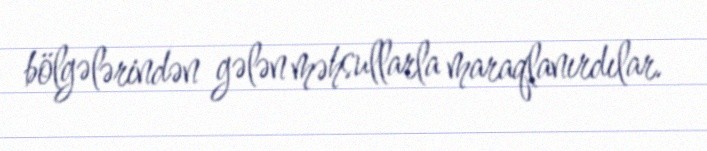
bölgələrindən gələn məhsullarla maraqlanırdılar.